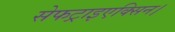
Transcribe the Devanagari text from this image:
सेफट्राइएक्सिन।